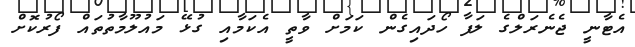
އެޓާނީ ޖެނެރަލްގެ ލަފާ ހޯދައިގެން ކަމަށް ވާތީ އެކަމާއި ގުޅޭ މައުލޫމާތުތައް ފޯރުކޮށް